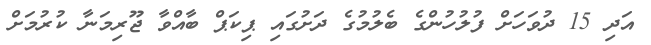
އަދި 15 ދުވަހަށް ފުލުހުންގެ ބެލުމުގެ ދަށުގައި ޕިކަޕް ބާއްވާ ޖޫރިމަނާ ކުރުމަށް